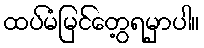
ထပ်မံမြင်တွေ့ရမှာပါ။